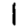
Digit: 1